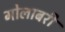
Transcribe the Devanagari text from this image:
गोलाबरी